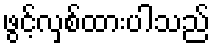
ဖွင့်လှစ်ထားပါသည်